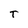
Character: T